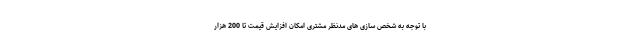
با توجه به شخص سازی های مدنظر مشتری امکان افزایش قیمت تا 200 هزار